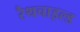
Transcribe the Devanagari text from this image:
रैथचाइल्ड